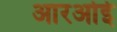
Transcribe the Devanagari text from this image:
आरओई